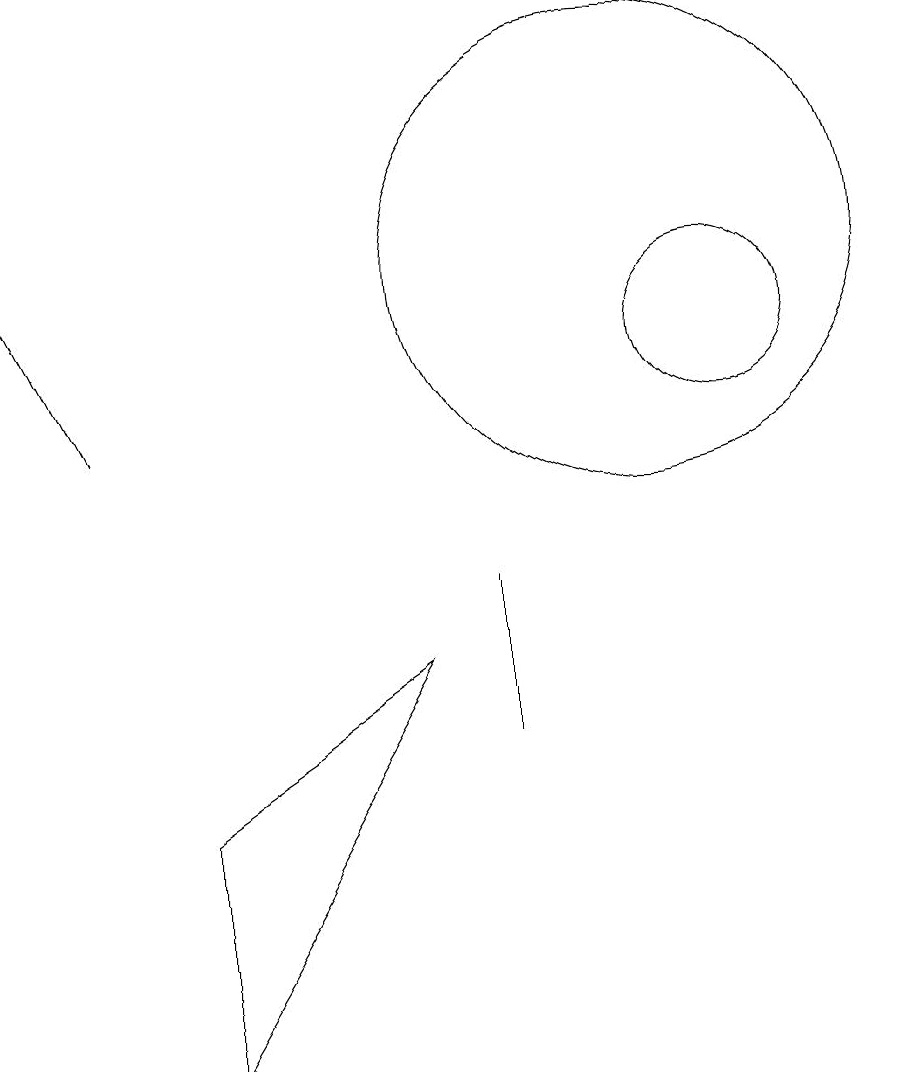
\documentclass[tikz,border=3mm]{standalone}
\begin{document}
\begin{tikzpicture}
\draw[->] (3,10) -- (2,12);
\draw (7,7) -- (4,5) -- (4,2) -- cycle;
\draw (10,12) circle (3);
\draw (10,10) circle (0);
\draw (8,8) -- (8,6) -- (8,7) -- cycle;
\draw (11,11) circle (1);
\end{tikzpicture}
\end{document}